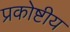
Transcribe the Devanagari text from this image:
प्रकोष्टीय